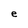
Character: e